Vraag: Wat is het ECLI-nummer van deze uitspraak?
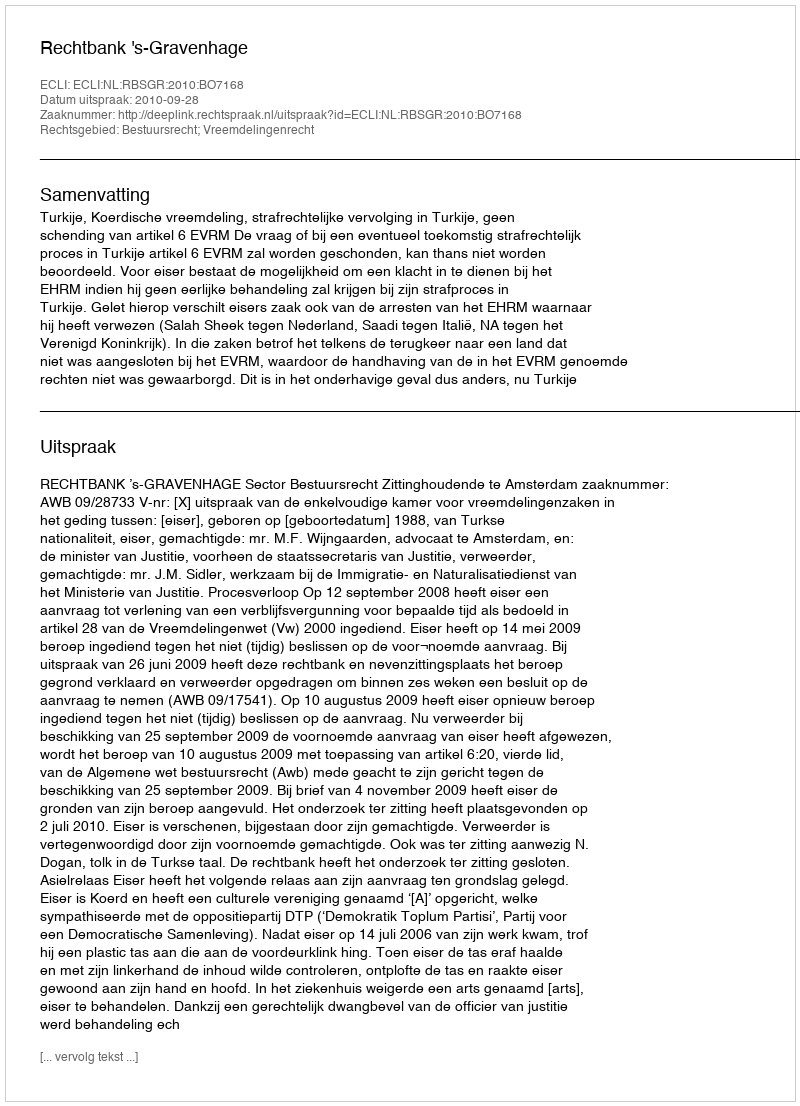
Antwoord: ECLI:NL:RBSGR:2010:BO7168